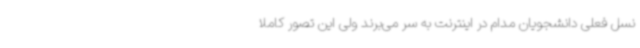
نسل فعلی دانشجویان مدام در اینترنت به سر می‌برند ولی این تصور کاملا